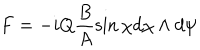
F = - i Q \frac { B } { A } \sin \chi d \chi \wedge d \psi